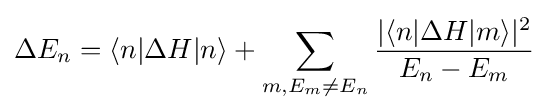
\Delta E_{n}=\langle n|\Delta H|n\rangle +\sum _{m,E_{m}\neq E_{n}}{\frac {|\langle n|\Delta H|m\rangle |^{2}}{E_{n}-E_{m}}}